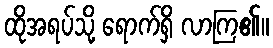
ထိုအရပ်သို့ ရောက်ရှိ လာကြ၏။